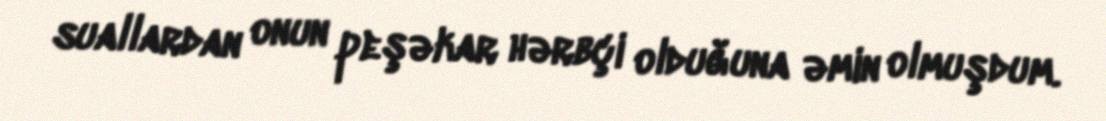
suallardan onun peşəkar hərbçi olduğuna əmin olmuşdum.